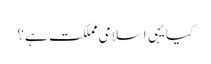
کیا یہی اسلامی مملکت ہے؟